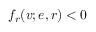
f _ { r } ( v ; e , r ) < 0